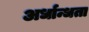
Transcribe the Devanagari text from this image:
अर्धान्धता